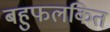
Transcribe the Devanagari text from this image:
बहुफलकित